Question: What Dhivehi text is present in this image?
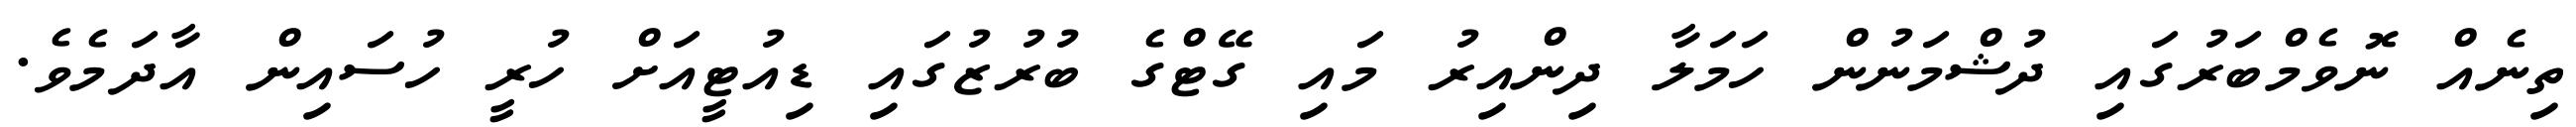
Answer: ތިނެއް ނޮވެމްބަރުގައި ދުޝްމަނުން ހަމަލާ ދިންއިރު މައި ގޭޓްގެ ބުރުޒުގައި ޑިއުޓީއަށް ހުރީ ހުސައިން އާދަމެވެ.